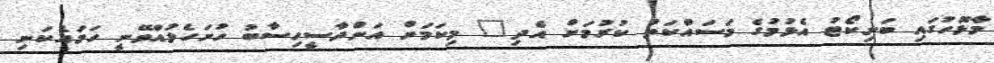
މާޅޮހުގައި ބަށިކޯޓު އެޅުމުގެ މަސައްކަތް ކުރުމަށް އެދި" މިކަމަށް އަންދާސީހިސާބު ހުށަހެޅުއްވޭނީ ހަމައެކަނި